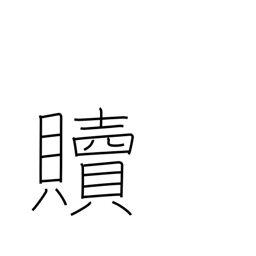
Meaning: redeem